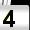
Digit: 4